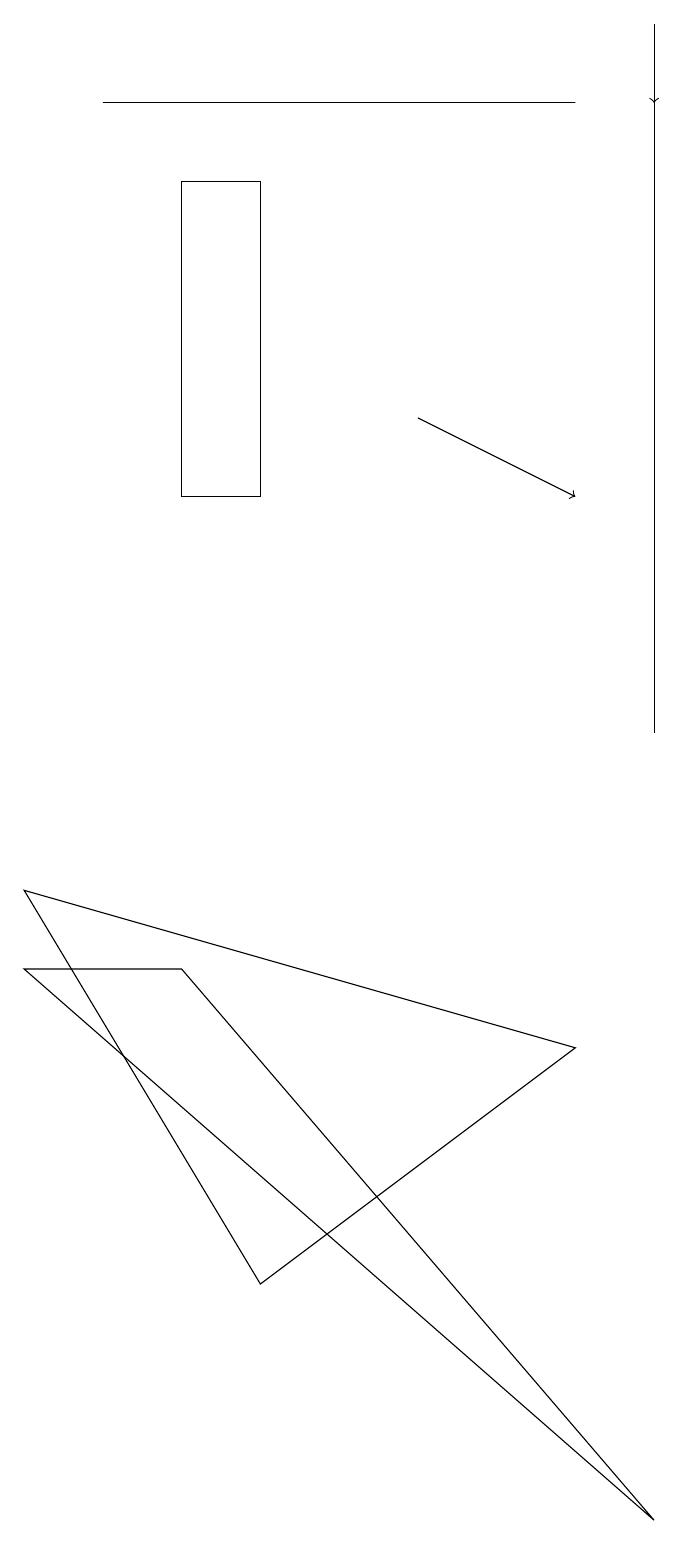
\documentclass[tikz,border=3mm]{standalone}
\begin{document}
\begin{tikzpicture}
\draw[->] (9,19) -- (9,18);
\draw (9,0) -- (1,7) -- (3,7) -- cycle;
\draw (3,13) rectangle (4,17);
\draw (8,6) -- (4,3) -- (1,8) -- cycle;
\draw[->] (6,14) -- (8,13);
\draw (2,18) rectangle (8,18);
\draw (9,10) rectangle (9,19);
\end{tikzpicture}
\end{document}